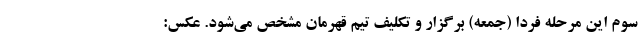
سوم این مرحله فردا (جمعه) برگزار و تکلیف تیم قهرمان مشخص می‌شود. عکس: